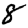
Digit: 8